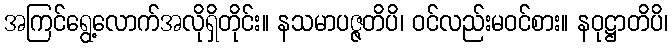
အကြင်ရွေ့လောက်အလိုရှိတိုင်း။ နသမာပဇ္ဇတိပိ၊ ဝင်လည်းမဝင်စား။ နဝုဋ္ဌာတိပိ၊